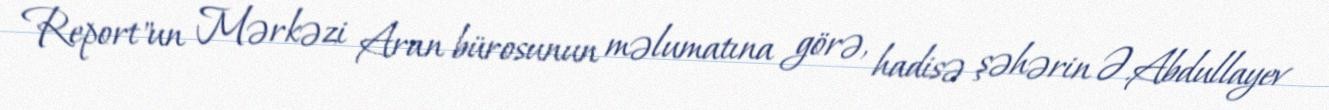
Report"un Mərkəzi Aran bürosunun məlumatına görə, hadisə şəhərin Ə.Abdullayev